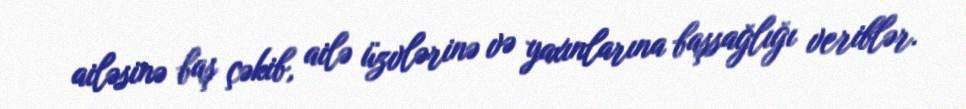
ailəsinə baş çəkib, ailə üzvlərinə və yaxınlarına başsağlığı veriblər.